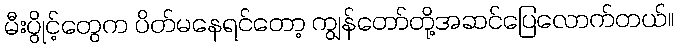
မီးပွိုင့်တွေက ပိတ်မနေရင်တော့ ကျွန်တော်တို့အဆင်ပြေလောက်တယ်။